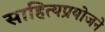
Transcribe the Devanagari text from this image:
साहित्यप्रयोजने